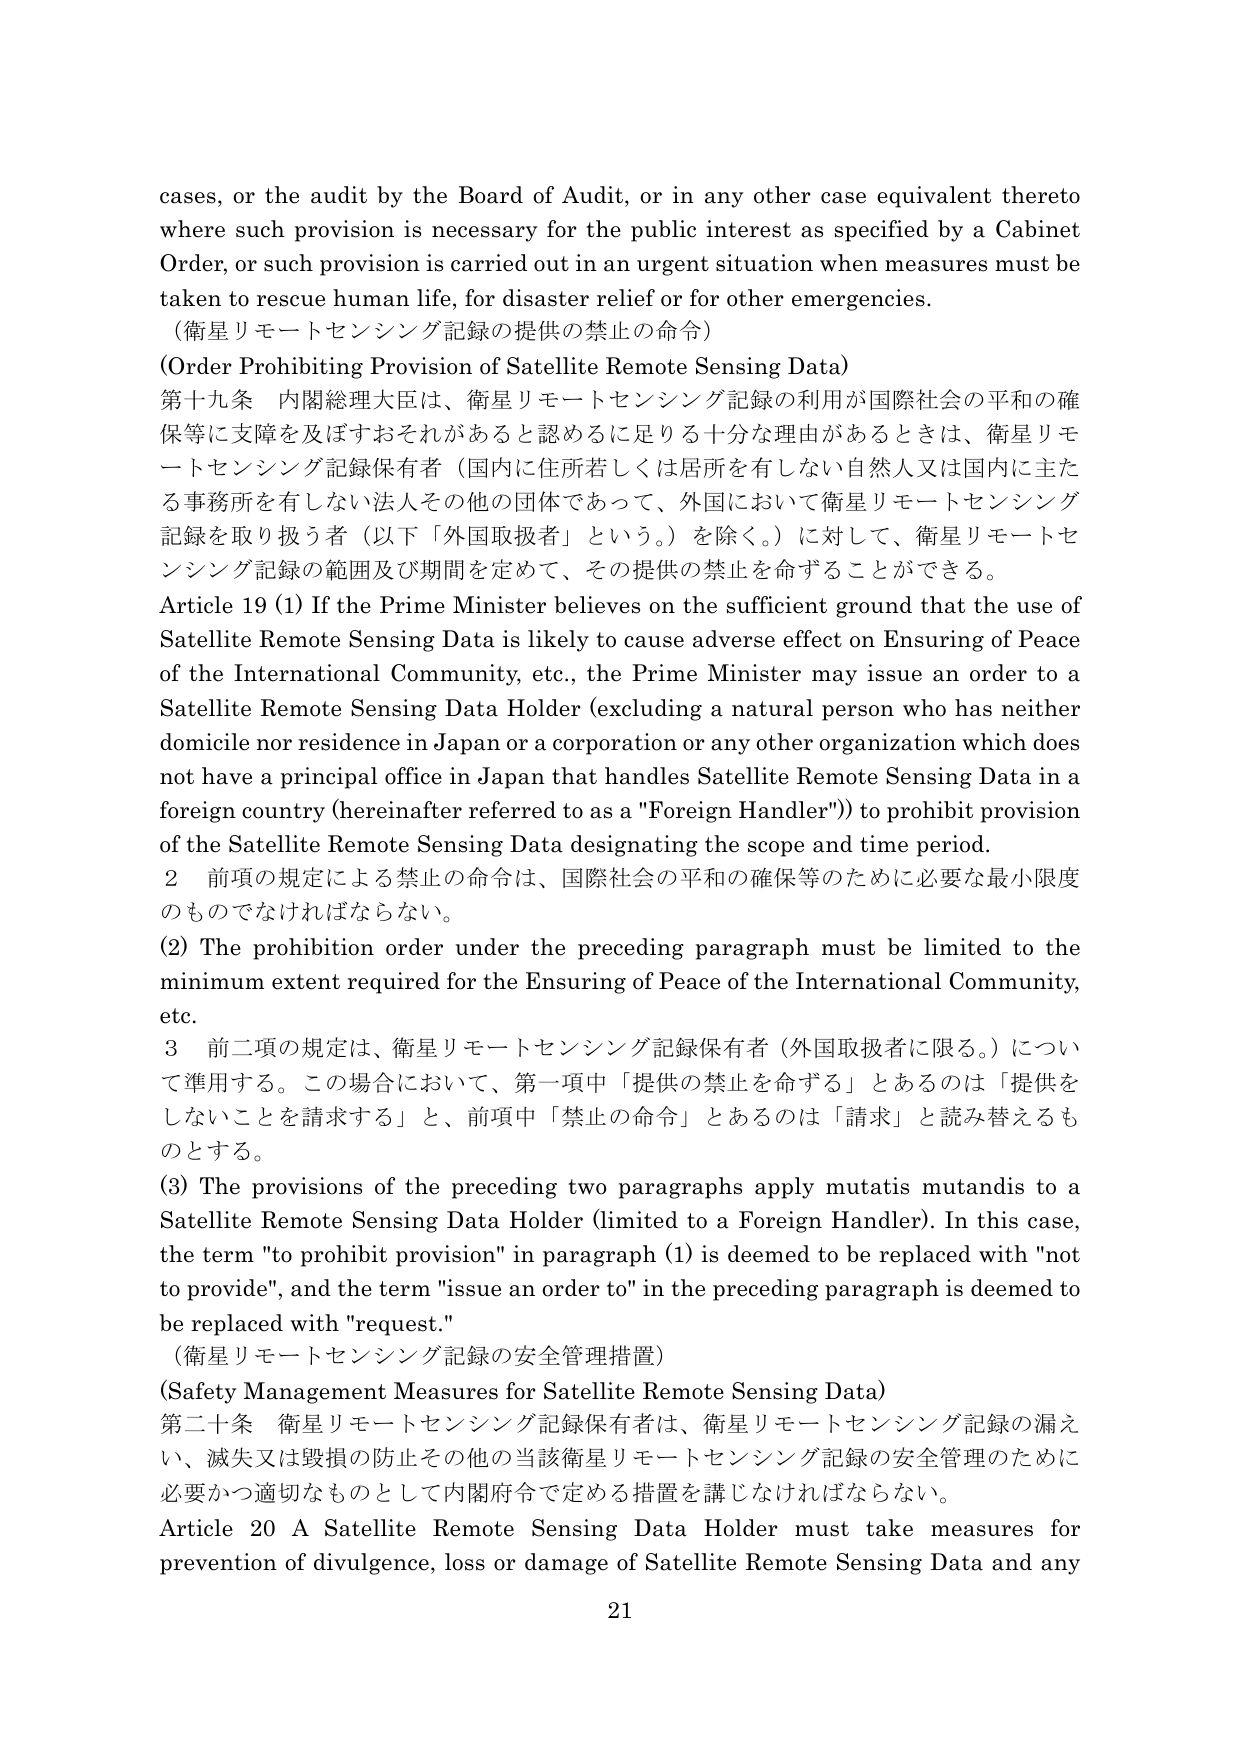
cases, or the audit by the Board of Audit, or in any other case equivalent thereto where such provision is necessary for the public interest as specified by a Cabinet Order, or such provision is carried out in an urgent situation when measures must be taken to rescue human life, for disaster relief or for other emergencies.
（衛星リモートセンシング記録の提供の禁止の命令）
(Order Prohibiting Provision of Satellite Remote Sensing Data)
第十九条 内閣総理大臣は、衛星リモートセンシング記録の利用が国際社会の平和の確保等に支障を及ぼすおそれがあると認めるに足りる十分な理由があるときは、衛星リモートセンシング記録保有者（国内に住所若しくは居所を有しない自然人又は国内に主たる事務所を有しない法人その他の団体であって、外国において衛星リモートセンシング記録を取り扱う者（以下「外国取扱者」という。）を除く。）に対して、衛星リモートセンシング記録の範囲及び期間を定めて、その提供の禁止を命ずることができる。
Article 19 (1) If the Prime Minister believes on the sufficient ground that the use of Satellite Remote Sensing Data is likely to cause adverse effect on Ensuring of Peace of the International Community, etc., the Prime Minister may issue an order to a Satellite Remote Sensing Data Holder (excluding a natural person who has neither domicile nor residence in Japan or a corporation or any other organization which does not have a principal office in Japan that handles Satellite Remote Sensing Data in a foreign country (hereinafter referred to as a "Foreign Handler")) to prohibit provision of the Satellite Remote Sensing Data designating the scope and time period.
２ 前項の規定による禁止の命令は、国際社会の平和の確保等のために必要な最小限度のものでなければならない。
(2) The prohibition order under the preceding paragraph must be limited to the minimum extent required for the Ensuring of Peace of the International Community, etc.
３ 前二項の規定は、衛星リモートセンシング記録保有者（外国取扱者に限る。）について準用する。この場合において、第一項中「提供の禁止を命ずる」とあるのは「提供をしないことを請求する」と、前項中「禁止の命令」とあるのは「請求」と読み替えるものとする。
(3) The provisions of the preceding two paragraphs apply mutatis mutandis to a Satellite Remote Sensing Data Holder (limited to a Foreign Handler). In this case, the term "to prohibit provision" in paragraph (1) is deemed to be replaced with "not to provide", and the term "issue an order to" in the preceding paragraph is deemed to be replaced with "request."
（衛星リモートセンシング記録の安全管理措置）
(Safety Management Measures for Satellite Remote Sensing Data)
第二十条 衛星リモートセンシング記録保有者は、衛星リモートセンシング記録の漏えい、滅失又は毀損の防止その他の当該衛星リモートセンシング記録の安全管理のために必要かつ適切なものとして内閣府令で定める措置を講じなければならない。
Article 20 A Satellite Remote Sensing Data Holder must take measures for prevention of divulgence, loss or damage of Satellite Remote Sensing Data and any
21